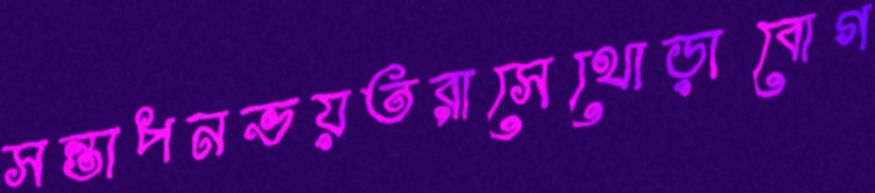
সন্তাপনভয়তরাসেথোব্‌ড়াবোগ